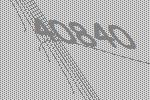
40840